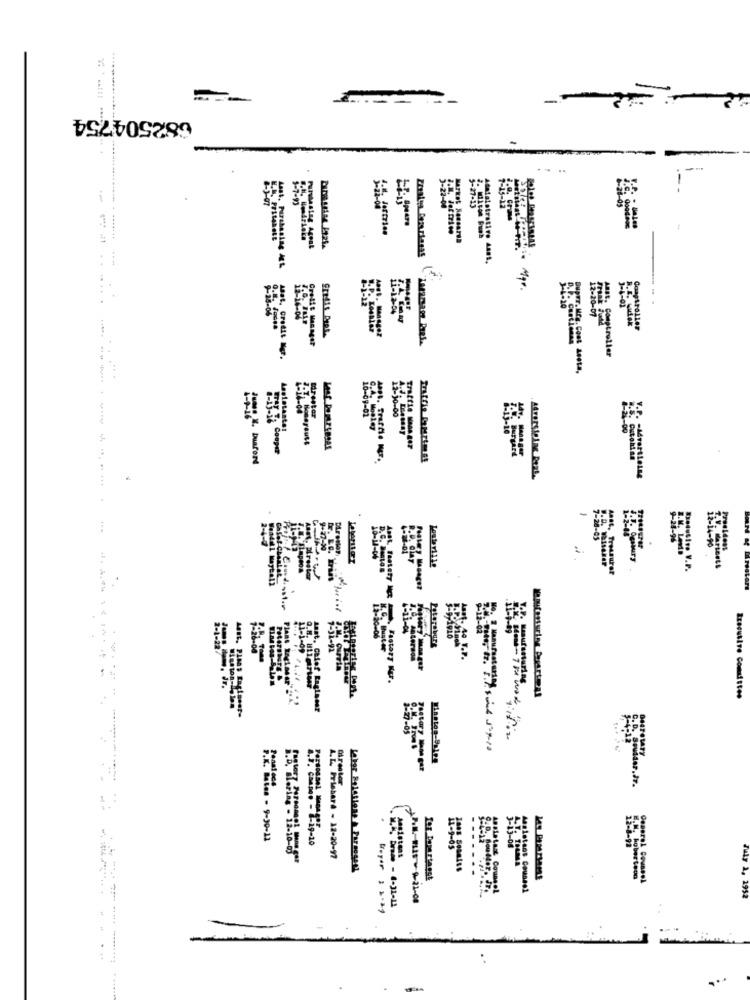
682504754
...
3-22-00
5-27-13
Purchasla
Market Rossardl
---
Adataiatrativo Last.
....
J-4-01
Super. Mfg. C
12-10-00
Mrestar
A.J. Lebeny
FALTA Cooper
Traffis When ser
Jumse X. buaford
Atversteing Rezt.
9+27-30
Treasurer
Calaf Chaalat
Aant. Firestar
at. Taately Na
12-20-06
5-9-1910
11-1-09
Petersbare
7-31-92
Asst. 44 T.P.
Fastary Ner.
Laufenuring
Executive Committee
Last, Calof Raglaner
BenTOLAry
Zestary Nene gar
El rester
7.4. - tes - 9-90-11
11-9-05
Prishard - 12-20-97
Bes Sonaiss
Assistans Counsel
July 1, 1952
-